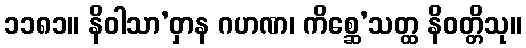
၁၁၈၁။ နိဝါသာ’ဝှာန ဂဟဏ၊ ကိစ္ဆေ’သတ္ထ နိဝတ္တိသု။